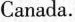
Canada.